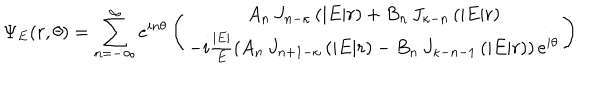
\Psi _ { E } ( r , \theta ) = \sum _ { n = - \infty } ^ { \infty } e ^ { i n \theta } \left( \begin{array} { c } { { A _ { n } \, J _ { n - \kappa } \left( | E | r \right) + B _ { n } \, J _ { \kappa - n } \left( | E | r \right) } } \\ { { - i \frac { | E | } { E } \left( A _ { n } \, J _ { n + 1 - \kappa } \left( | E | r \right) - B _ { n } \, J _ { \kappa - n - 1 } \left( | E | r \right) \right) e ^ { i \theta } } } \\ \end{array} \right)